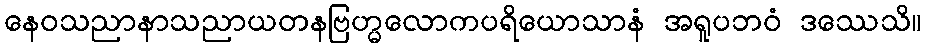
နေဝသညာနာသညာယတနဗြဟ္မလောကပရိယောသာနံ အရူပဘဝံ ဒဿေသိ။